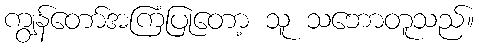
ကျွန်တော်အကြံပြုတော့ သူ သဘောတူသည်။